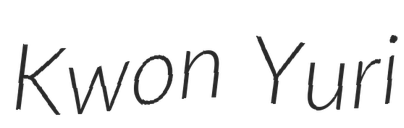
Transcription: Kwon Yuri